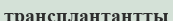
трансплантантты